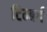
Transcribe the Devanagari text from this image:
टिम्बर्ग